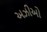
અઝીઓ